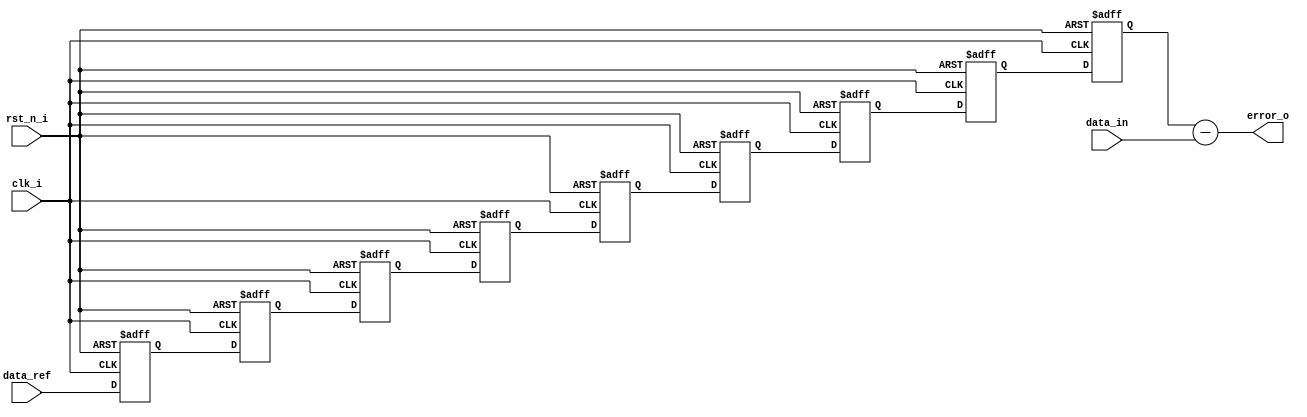
module error_calcu(
    input                clk_i,
    input                rst_n_i,
    input  signed [15:0] data_in,           //
    input  signed [15:0] data_ref,          //
    output signed [15:0] error_o            //
    );

    wire  signed [15:0] error;
    //reg signed [15:0] error_o;

//
    reg signed [15:0] data_shift1;
    reg signed [15:0] data_shift2;
    reg signed [15:0] data_shift3;
    reg signed [15:0] data_shift4;
    reg signed [15:0] data_shift5;
    reg signed [15:0] data_shift6;
    reg signed [15:0] data_shift7;
    reg signed [15:0] data_shift8;
    reg signed [15:0] data_shift9;
    
    always @(posedge clk_i or negedge rst_n_i) begin
        if(!rst_n_i)begin
            data_shift1 <= 16'd0;
            data_shift2 <= 16'd0;
            data_shift3 <= 16'd0;
            data_shift4 <= 16'd0;
            data_shift5 <= 16'd0;
            data_shift6 <= 16'd0;
            data_shift7 <= 16'd0;
            data_shift8 <= 16'd0;
            data_shift9 <= 16'd0;
        end
        else begin
            data_shift1 <= data_ref   ;
            data_shift2 <= data_shift1;
            data_shift3 <= data_shift2;
            data_shift4 <= data_shift3;
            data_shift5 <= data_shift4;
            data_shift6 <= data_shift5;
            data_shift7 <= data_shift6;
            data_shift8 <= data_shift7;
            data_shift9 <= data_shift8;
        end
    end

assign error = data_shift9 - data_in;
assign error_o = error;
//assign error_o = data_shift9 - data_in;

endmodule